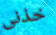
خذنى